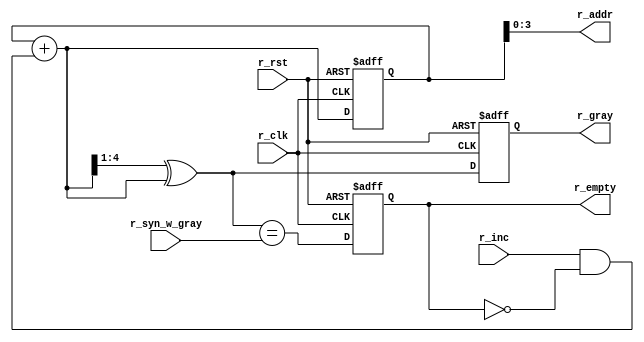
// Implementation of Clifford Cummings's asynchronous FIFO design from the paper
// at http://www.sunburst-design.com/papers/CummingsSNUG2002SJ_FIFO1.pdf
//
// Module to incrememnt the read address and determine if the FIFO is empty.
//
// Notes:
//  - w_* means something is in the "write clock domain"
//  - r_* means something is in the "read clock domain"
//
// License: 0BSD

// Increment read address and check if FIFO is empty
module r_ptr_empty #(

    // Parameters
    parameter   ADDR_SIZE = 4                   // Number of bits for address
) (
    
    // Inputs
    input       [ADDR_SIZE:0]   r_syn_w_gray,   // Synced write Gray pointer
    input                       r_inc,          // 1 to increment address
    input                       r_clk,          // Read domain clock
    input                       r_rst,          // Read domain reset

    // Outputs
    output      [ADDR_SIZE-1:0] r_addr,         // Mem address to read from
    output  reg [ADDR_SIZE:0]   r_gray,         // Gray address with +1 MSb
    output  reg                 r_empty         // 1 if FIFO is empty
);
    
    // Internal signals
    wire    [ADDR_SIZE:0]   r_gray_next;    // Gray code version of address
    wire    [ADDR_SIZE:0]   r_bin_next;     // Binary version of address
    wire                    r_empty_val;    // FIFO is empty
    
    // Internal storage elements
    reg     [ADDR_SIZE:0]   r_bin;          // Registered binary address
    
    // Drop extra most significant bit (MSb) for addressing into memory
    assign r_addr = r_bin[ADDR_SIZE-1:0];
    
    // Be ready with next (incremented) address (if inc set and not empty)
    assign r_bin_next = r_bin + (r_inc & ~r_empty);
    
    // Convert next binary address to Gray code value
    assign r_gray_next = (r_bin_next >> 1) ^ r_bin_next;
    
    // If the synced write Gray code is equal to the current read Gray code,
    // then the pointers have caught up to each other and the FIFO is empty
    assign r_empty_val = (r_gray_next == r_syn_w_gray);
    
    // Register the binary and Gray code pointers in the read clock domain
    always @ (posedge r_clk or posedge r_rst) begin
        if (r_rst == 1'b1) begin
            r_bin <= 0;
            r_gray <= 0;
        end else begin
            r_bin <= r_bin_next;
            r_gray <= r_gray_next;
        end
    end
    
    // Register the empty flag
    always @ (posedge r_clk or posedge r_rst) begin
        if (r_rst == 1'b1) begin
            r_empty <= 1'b1;
        end else begin
            r_empty <= r_empty_val;
        end
    end
    
endmodule